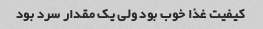
کیفیت غذا خوب بود ولی یک مقدار سرد بود